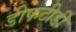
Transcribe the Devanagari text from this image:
डीफटीडी